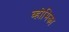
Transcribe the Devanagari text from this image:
व्होमिका